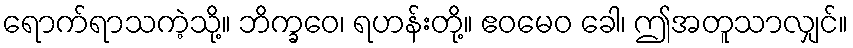
ရောက်ရာသကဲ့သို့။ ဘိက္ခဝေ၊ ရဟန်းတို့။ ဧဝမေဝ ခေါ၊ ဤအတူသာလျှင်။